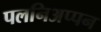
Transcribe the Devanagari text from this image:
पलनिअप्पन